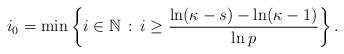
LaTeX: \begin{align*}i_0=\min\left\{i\in\mathbb{N}\, :\, i\ge \frac{\ln(\kappa-s)-\ln(\kappa-1)}{\ln p}\right\}.\end{align*}